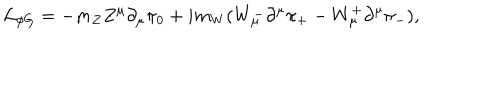
{ \cal L } _ { \phi G } = - m _ { Z } Z ^ { \mu } \partial _ { \mu } \pi _ { 0 } + i m _ { W } ( W _ { \mu } ^ { - } \partial ^ { \mu } \pi _ { + } - W _ { \mu } ^ { + } \partial ^ { \mu } \pi _ { - } ) ,